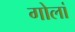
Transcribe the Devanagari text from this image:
गोलां